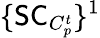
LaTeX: \{ \mathsf{SC}_{C_{p}^{t}}\} ^{1}